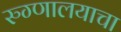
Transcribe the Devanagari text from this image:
रुग्णालयाचा